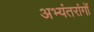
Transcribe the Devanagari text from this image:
अभ्यंतरांगों